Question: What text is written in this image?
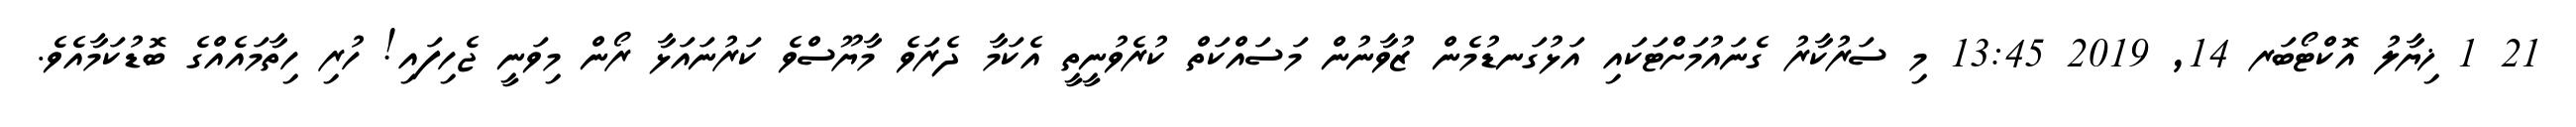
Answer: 21 1 ޚިޔާލު އޮކްޓޯބަރ 14, 2019 13:45 މި ސަރުކާރު ގެނައުމަށްޓަކައި އަޅުގަނޑުމެން ޒުވާނުން މަސައްކަތް ކުރެވުނީތީ އެކަމާ ދެރަވެ މާޔޫސްވެ ކަރުނައަޅާ ރޯން މިވަނީ ޖެހިފައި! ހުރި ހިތާމައެއްގެ ބޮޑުކަމާއެވެ.